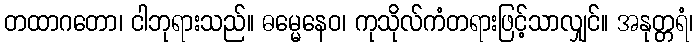
တထာဂတော၊ ငါဘုရားသည်။ ဓမ္မေနေဝ၊ ကုသိုလ်ကံတရားဖြင့်သာလျှင်။ အနုတ္တရံ၊